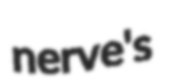
nerve's